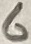
Text: 6